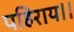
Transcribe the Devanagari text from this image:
पहिराय।।